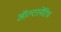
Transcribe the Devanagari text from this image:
ऑल्‍टरनेटिव